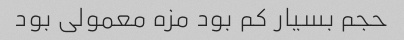
حجم بسیار کم بود مزه معمولی بود